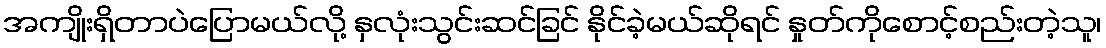
အကျိုးရှိတာပဲပြောမယ်လို့ နှလုံးသွင်းဆင်ခြင် နိုင်ခဲ့မယ်ဆိုရင် နှုတ်ကိုစောင့်စည်းတဲ့သူ၊